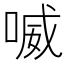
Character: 喴